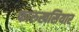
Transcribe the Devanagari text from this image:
फारुखसियार